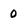
Character: 0